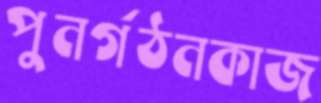
পুনর্গঠনকাজ